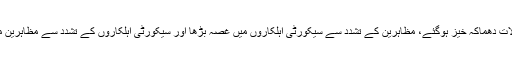
ہمیں مظاہروں کے دوران بہت زیادہ تشدد نظر آیا، جس کی وجہ سے حالات دھماکہ خیز ہوگئے، مظاہرین کے تشدد سے سیکورٹی اہلکاروں میں غصہ بڑھا اور سیکورٹی اہلکاروں کے تشدد سے مظاہرین میں تشدد بڑھا تو سوال یہ ہے کہ در حقیقت تشدد کس کی جانب سے ہے؟